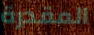
المقدرة